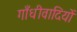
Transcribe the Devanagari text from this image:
गाँधीवादियों